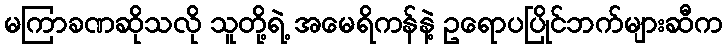
မကြာခဏဆိုသလို သူတို့ရဲ့ အမေရိကန်နဲ့ ဥရောပပြိုင်ဘက်များဆီက